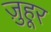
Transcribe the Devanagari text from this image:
ज़ुहूर